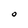
Character: 0